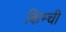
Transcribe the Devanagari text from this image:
किम्ची